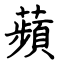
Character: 蘋